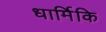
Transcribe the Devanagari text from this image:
धार्मिकि